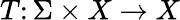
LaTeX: T\colon\Sigma\times X\to X